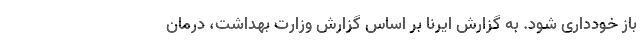
باز خودداری شود. به گزارش ایرنا بر اساس گزارش وزارت بهداشت، درمان